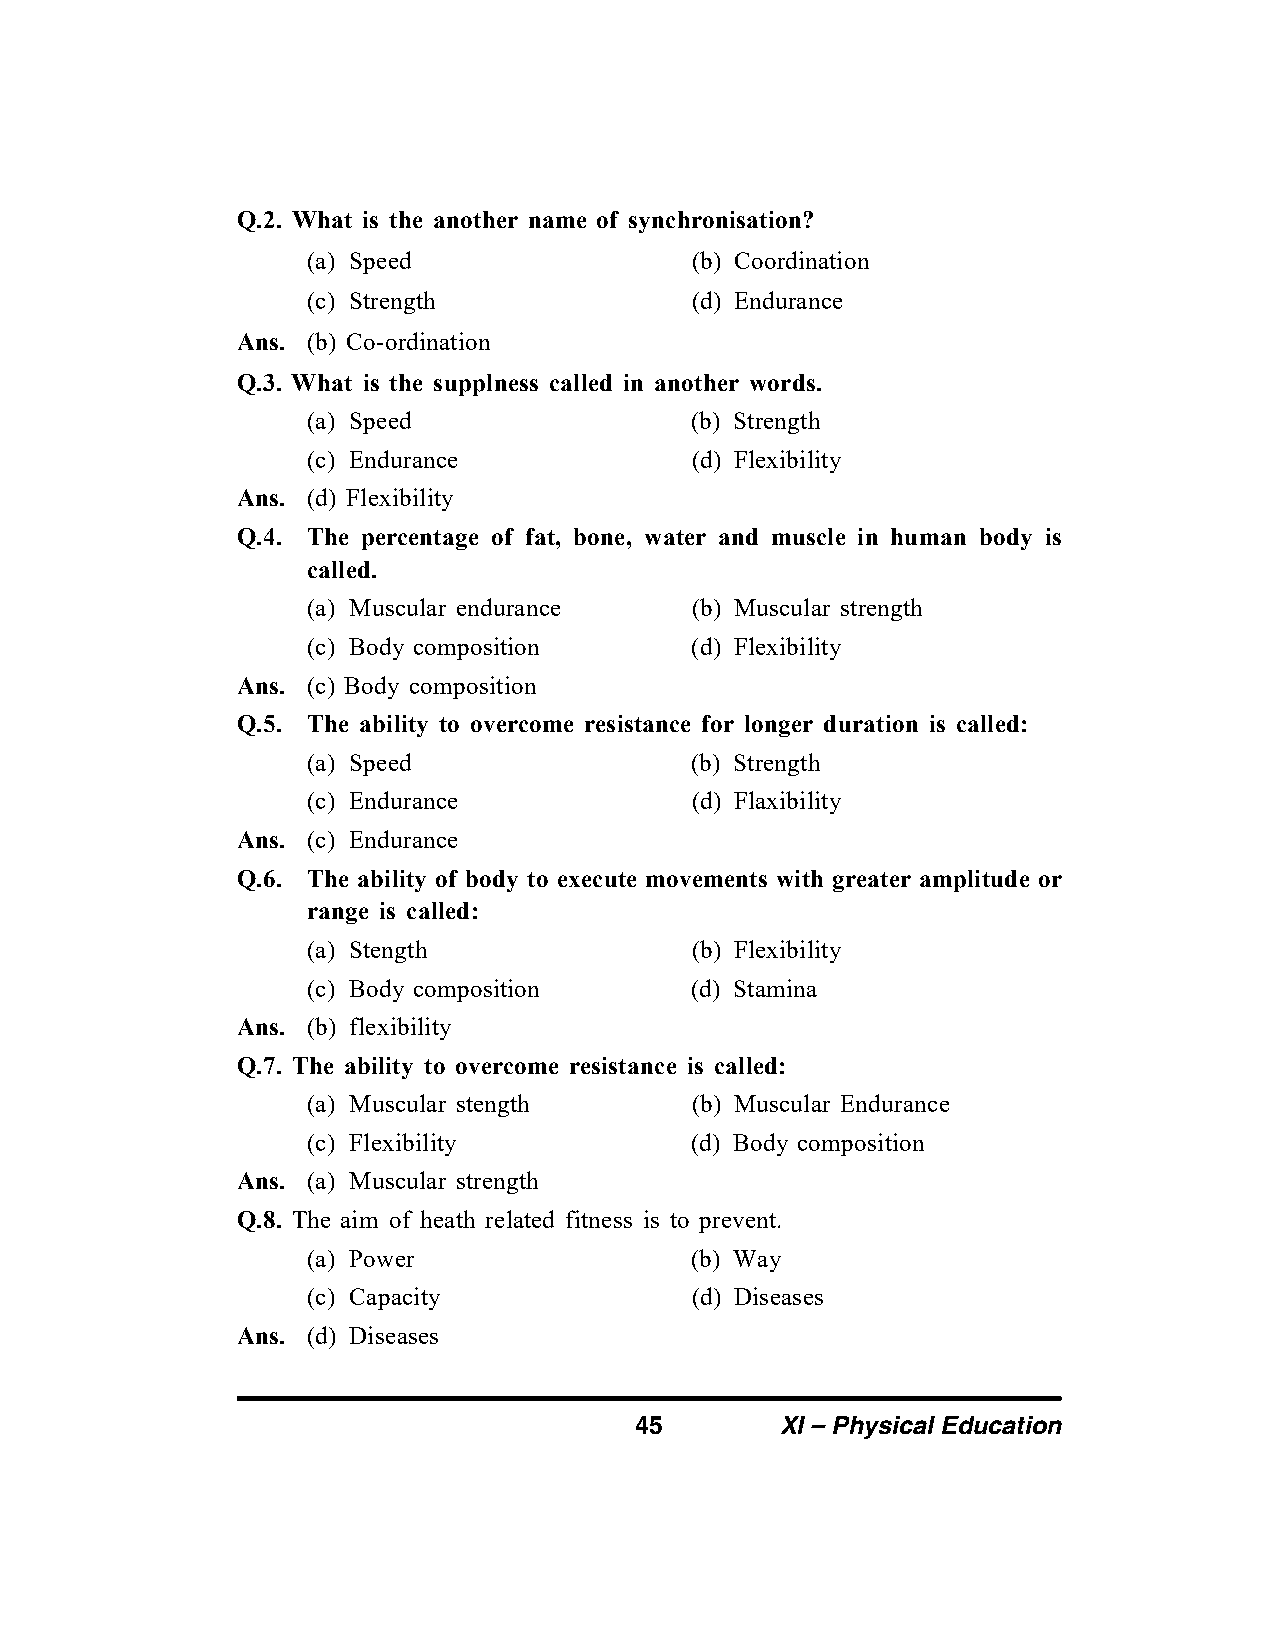
Q.2. What is the another name of synchronisation?
 (a) Speed                 (b) Coordination
 (c) Strength              (d) Endurance
 Ans. (b) Co-ordination
 Q.3. What is the supplness called in another words.
 (a) Speed                 (b) Strength
 (c) Endurance             (d) Flexibility
 Ans. (d) Flexibility
 Q.4. The percentage of fat, bone, water and muscle in human body is
 called.
 (a) Muscular endurance    (b) Muscular strength
 (c) Body composition      (d) Flexibility
 Ans. (c) Body composition
 Q.5. The ability to overcome resistance for longer duration is called:
 (a) Speed                 (b) Strength
 (c) Endurance             (d) Flaxibility
 Ans. (c) Endurance
 Q.6. The ability of body to execute movements with greater amplitude or
 range is called:
 (a) Stength               (b) Flexibility
 (c) Body composition      (d) Stamina
 Ans. (b) flexibility
 Q.7. The ability to overcome resistance is called:
 (a) Muscular stength      (b) Muscular Endurance
 (c) Flexibility           (d) Body composition
 Ans. (a) Muscular strength
 Q.8. The aim of heath related fitness is to prevent.
 (a) Power                 (b) Way
 (c) Capacity              (d) Diseases
 Ans. (d) Diseases
 45        XI – Physical Education